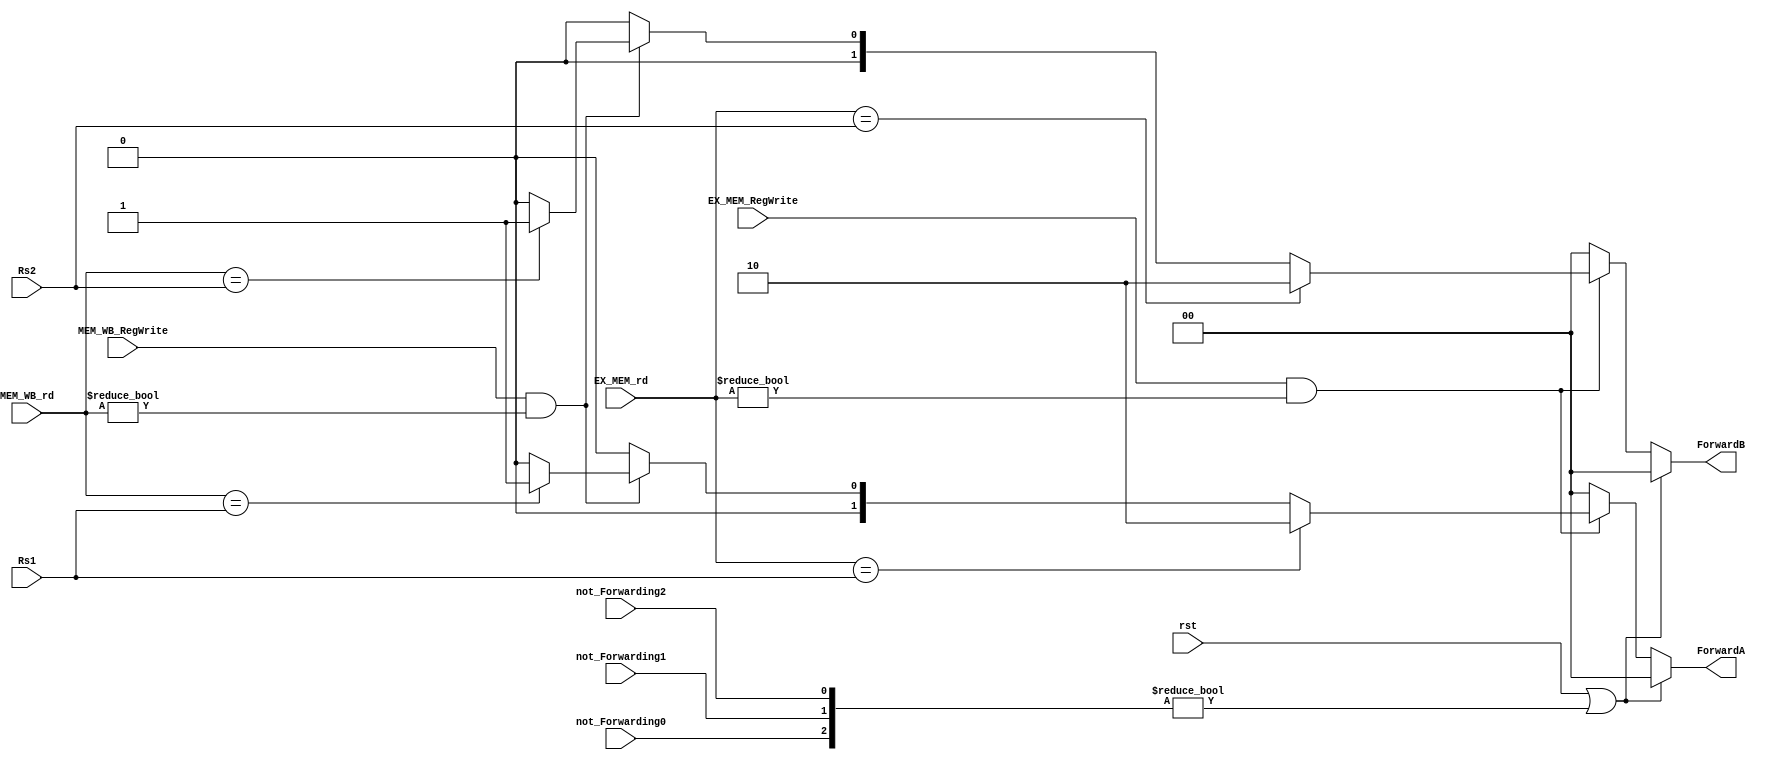
//
module Forwarding_unit (
    input wire rst,
    input wire EX_MEM_RegWrite,
    input wire MEM_WB_RegWrite,
    input wire[4:0] Rs1,
    input wire[4:0] Rs2,
    input wire[4:0] EX_MEM_rd,
    input wire[4:0] MEM_WB_rd,
    input wire not_Forwarding0,
    input wire not_Forwarding1,
    input wire not_Forwarding2,

    output reg[1:0] ForwardA,
    output reg[1:0] ForwardB
);

always@(*) begin
    if(rst || {not_Forwarding0,not_Forwarding1,not_Forwarding2}!=3'b000)begin
        ForwardA <= 2'b0;
    end else begin
        if(EX_MEM_RegWrite && EX_MEM_rd != 0)begin
            if(EX_MEM_rd == Rs1)begin
                ForwardA <= 2'b10;
            end else if(MEM_WB_RegWrite && MEM_WB_rd != 0)begin
                if(MEM_WB_rd == Rs1)begin
                    ForwardA <= 2'b01;
                end else begin
                    ForwardA <= 2'b00;
                end
            end else begin
                ForwardA <= 2'b00;
            end
        end else begin
            ForwardA <= 2'b00;
        end
    end
end

always@(*) begin
    if(rst || {not_Forwarding0,not_Forwarding1,not_Forwarding2}!=3'b000)begin
        ForwardB <= 0;
    end else begin
        if(EX_MEM_RegWrite && EX_MEM_rd != 0)begin
            if(EX_MEM_rd == Rs2)begin
                ForwardB <= 2'b10;
            end else if(MEM_WB_RegWrite && MEM_WB_rd != 0)begin
                if(MEM_WB_rd == Rs2)begin
                    ForwardB <= 2'b01;
                end else begin
                    ForwardB <= 2'b00;
                end
            end else begin
                ForwardB <= 2'b00;
            end
        end else begin
            ForwardB <= 2'b00;
        end
    end
end

endmodule